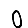
Digit: 0